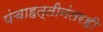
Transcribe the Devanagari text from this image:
पंचाहत्तीनंतरही